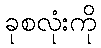
ခုစလုံးကို